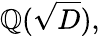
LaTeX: \mathbb{Q}({\sqrt{D}}),